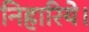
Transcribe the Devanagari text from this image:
निहारिये।